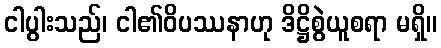
ငါပွါးသည်၊ ငါ၏ဝိပဿနာဟု ဒိဋ္ဌိစွဲယူစရာ မရှိ။